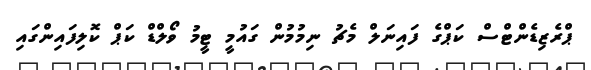
ޕްރެޒިޑެންޓްސް ކަޕްގެ ފައިނަލް މެޗު ނިމުމުން ގައުމީ ޓީމު ވޯލްޑް ކަޕް ކޮލިފައިންގައި